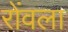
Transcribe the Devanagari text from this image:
रोंवला